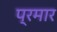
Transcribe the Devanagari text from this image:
प्रमार